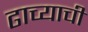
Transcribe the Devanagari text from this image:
ढाच्याची